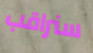
سنراقب